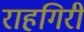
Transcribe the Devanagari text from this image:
राहगिरी